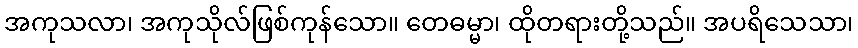
အကုသလာ၊ အကုသိုလ်ဖြစ်ကုန်သော။ တေဓမ္မာ၊ ထိုတရားတို့သည်။ အပရိသေသာ၊